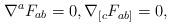
LaTeX: \begin{align*}\nabla^a F_{ab}&=0,\nabla_{[c}F_{ab]}=0,\end{align*}